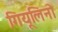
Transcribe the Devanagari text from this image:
गियूलिनो